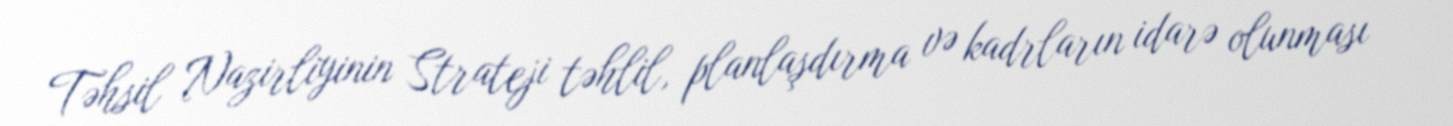
Təhsil Nazirliyinin Strateji təhlil, planlaşdırma və kadrların idarə olunması